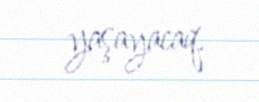
yaşayacaq.